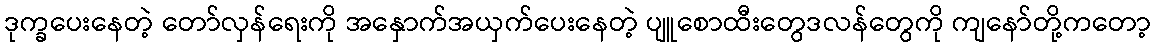
ဒုက္ခပေးနေတဲ့ တော်လှန်ရေးကို အနှောက်အယှက်ပေးနေတဲ့ ပျူစောထီးတွေဒလန်တွေကို ကျနော်တို့ကတော့